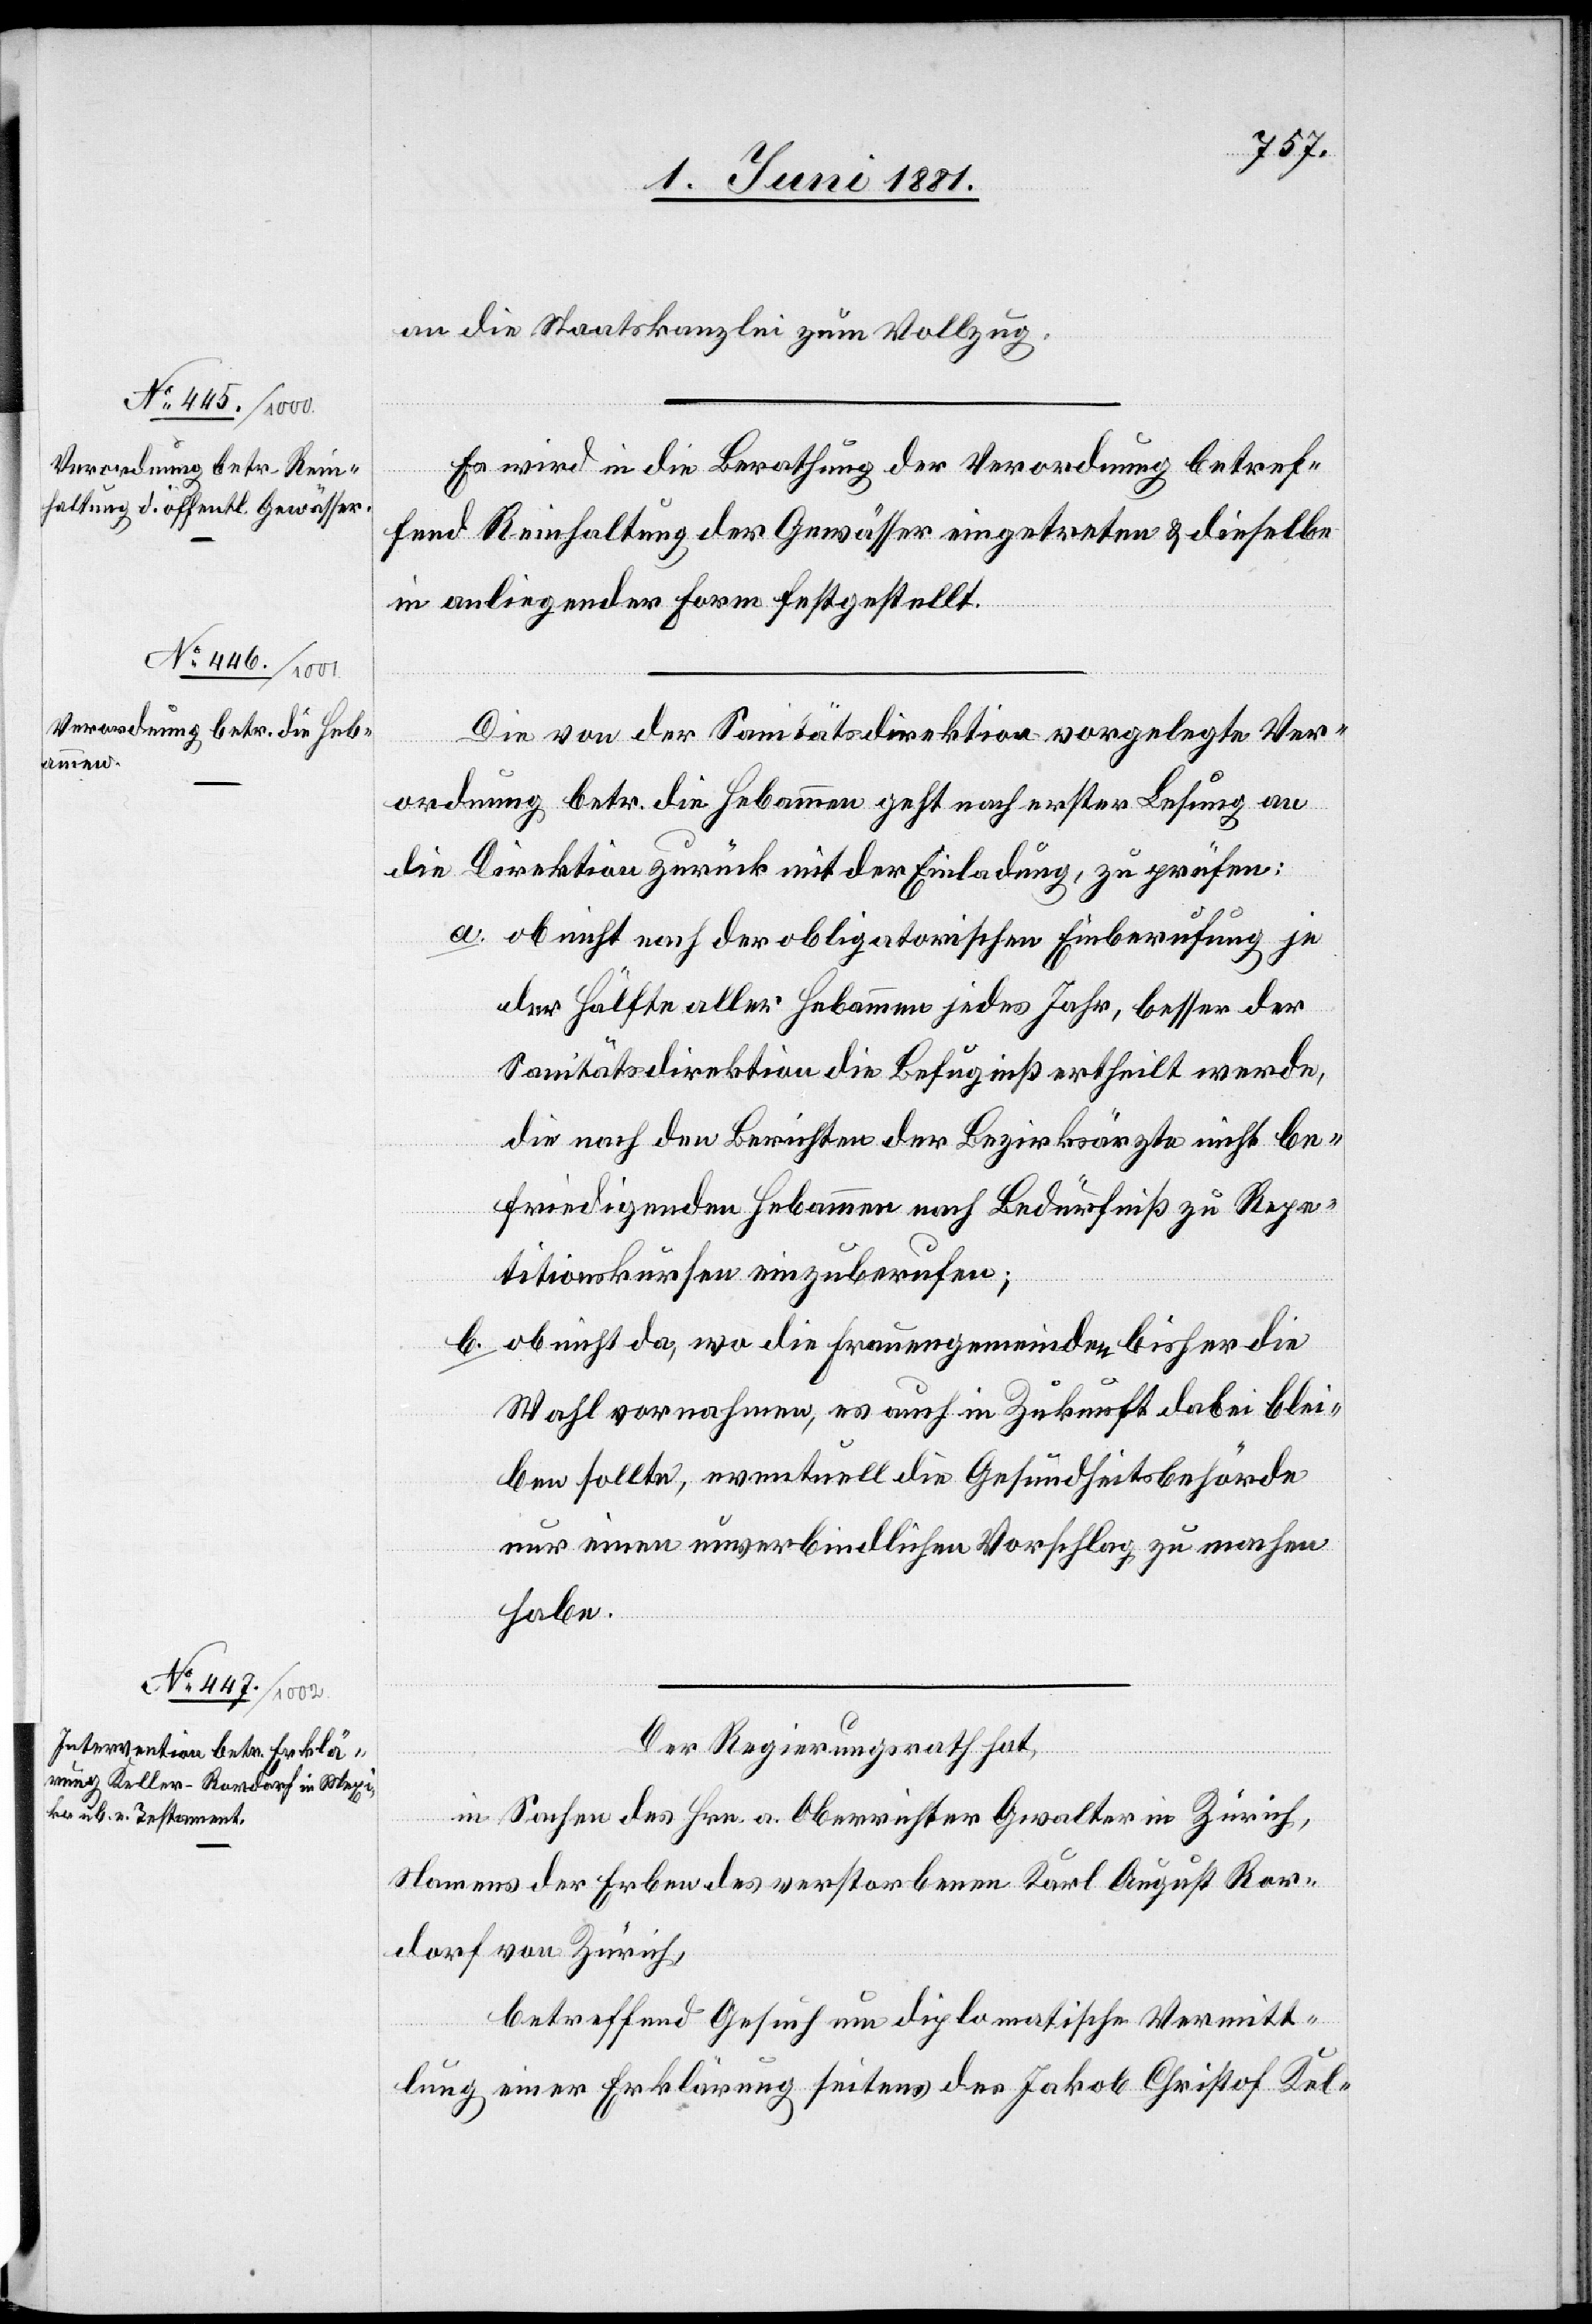
an die Staatskanzlei zum Vollzug.
Es wird in die Berathung der Verordnung betref¬
fend Reinhaltung der Gewässer eingetreten & dieselbe
in anliegender Form festgestellt.
Die von der Sanitätsdirektion vorgelegte Ver¬
ordnung betr. die Hebammen geht nach erster Lesung an
die Direktion zurück mit der Einladung, zu prüfen:
a. ob nicht nach der obligatorischen Einberufung je
der Hälfte aller Hebammen jedes Jahr, besser der
Sanitätsdirektion die Befugniß ertheilt werde,
die nach den Berichten der Bezirksärzte nicht be¬
friedigenden Hebammen nach Bedürfniß zu Repe¬
titionskursen einzuberufen.
b. ob nicht da, wo die Frauengemeinden bisher die
Wahl vornahmen, es auch in Zukunft dabei blei¬
ben sollte, eventuell die Gesundheitsbehörde
nur einen unverbindlichen Vorschlag zu machen
habe.
Der Regierungsrath hat,
in Sachen des Hrn. a. Oberrichter Gwalter in Zürich,
Namens der Erben des verstorbenen Karl August Ror¬
dorf von Zürich,
betreffend Gesuch um diplomatische Vermitt¬
lung einer Erklärung seitens des Jakob Christof Kel-